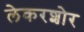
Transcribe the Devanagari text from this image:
लेकरशोर